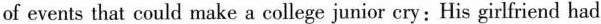
of events that could make a college junior cry:His girlfriend had